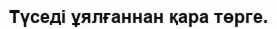
Түседі ұялғаннан қара төрге.